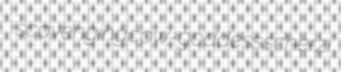
scavenging cow-goddess scherzi